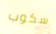
سكوب